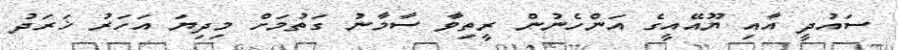
ސައުދީ އާއި ޔޫއޭއީގެ އަންހެނުން ރީތިވާ ސާމާނު ގަތުމަށް މިދިޔަ އަހަރު ޚަރަދު